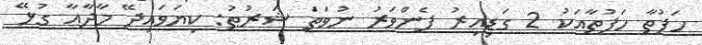
ހަފުތާ ހަފުތާއަކު 2 ގަޑިއިރު ފެންވަރު ނުވަތަ ޝަރުޠު: ކިޔަވައިދޭ މާދާއާ ގުޅޭ